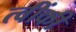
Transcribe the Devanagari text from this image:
त्वींकी